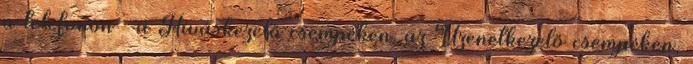
a telefonon – a Híváskezelő csempéken, az Üzenetkezelő csempéken,